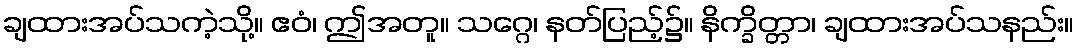
ချထားအပ်သကဲ့သို့။ ဧဝံ၊ ဤအတူ။ သဂ္ဂေ၊ နတ်ပြည့်၌။ နိက္ခိတ္တာ၊ ချထားအပ်သနည်း။